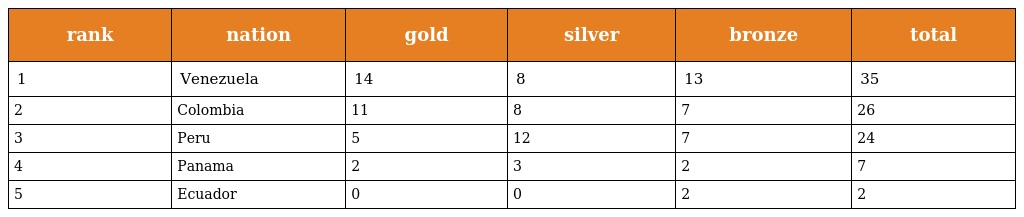
| rank | nation | gold | silver | bronze | total |
 | --- | --- | --- | --- | --- | --- |
 | 1 | Venezuela | 14 | 8 | 13 | 35 |
 | 2 | Colombia | 11 | 8 | 7 | 26 |
 | 3 | Peru | 5 | 12 | 7 | 24 |
 | 4 | Panama | 2 | 3 | 2 | 7 |
 | 5 | Ecuador | 0 | 0 | 2 | 2 |